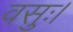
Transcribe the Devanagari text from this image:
वसुः।